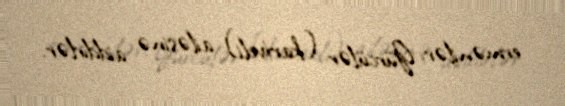
ermənilər, Gürcülər (kartveli) ailəsinə aiddirlər.